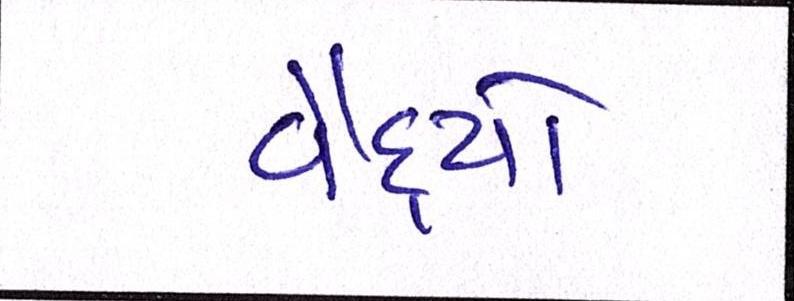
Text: વૈદ્યો